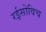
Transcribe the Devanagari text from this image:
रईसोविच